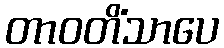
တာဝတိံသာပေ